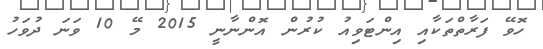
ހޮވޭ ފަރާތްތަކާއި އިންޓަވިއު ކުރުން އޮންނާނީ 2015 މޭ 10 ވަނަ ދުވަހު